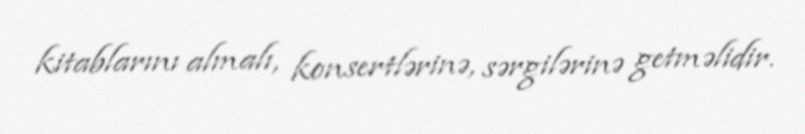
kitablarını almalı, konsertlərinə, sərgilərinə getməlidir.